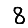
Digit: 8